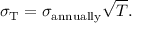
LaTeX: \sigma _ { \mathrm { T } } = \sigma _ { \mathrm { a n n u a l l y } } { \sqrt { T } } .